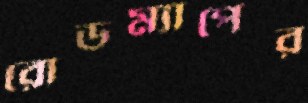
রোডম্যাপের